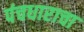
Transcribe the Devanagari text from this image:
पंचधाराचा